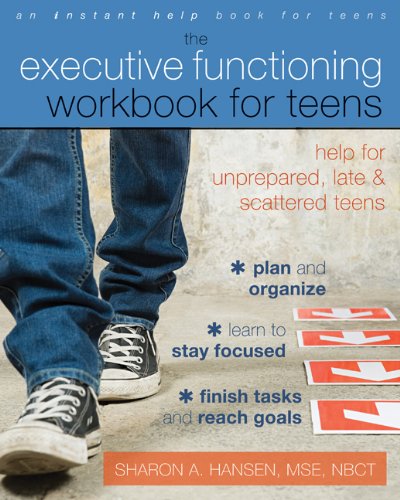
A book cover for The Executive Functioning Workbook for Teens: Help for Unprepared, Late, and Scattered Teens; Sharon A. Hansen MSE  NBCT; Parenting & Relationships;